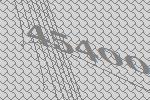
45400